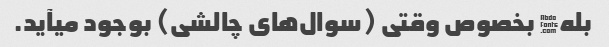
بله� بخصوص وقتی (سوال‌های چالشی) بوجود میآید.